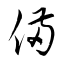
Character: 備